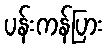
ပန်းကန်ပြား